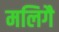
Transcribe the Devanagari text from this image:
मलिगै